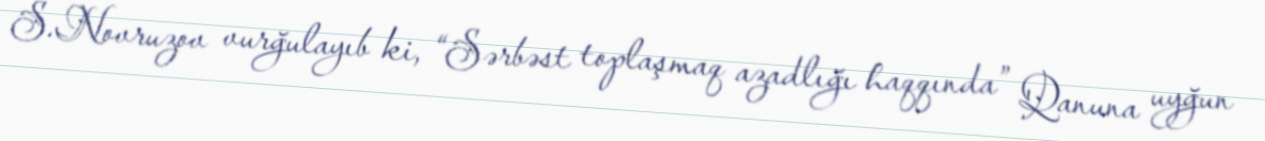
S.Novruzov vurğulayıb ki, “Sərbəst toplaşmaq azadlığı haqqında” Qanuna uyğun